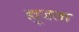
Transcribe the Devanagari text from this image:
ह्यूजला